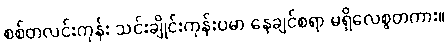
စစ်တလင်းကုန်း သင်းချိုင်းကုန်းပမာ နေချင်စရာ မရှိလေစွတကား။